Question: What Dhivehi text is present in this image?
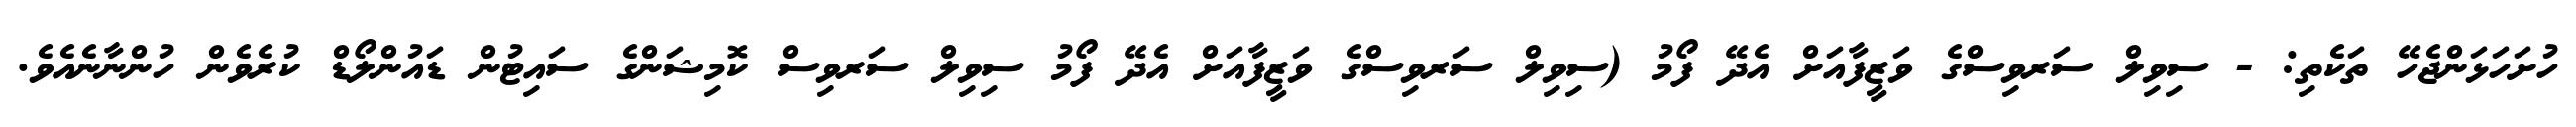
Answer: ހުށަހަޅަންޖެހޭ ތަކެތި: - ސިވިލް ސަރވިސްގެ ވަޒީފާއަށް އެދޭ ފޯމު (ސިވިލް ސަރވިސްގެ ވަޒީފާއަށް އެދޭ ފޯމު ސިވިލް ސަރވިސް ކޮމިޝަންގެ ސައިޓުން ޑައުންލޯޑް ކުރެވެން ހުންނާނެއެވެ.